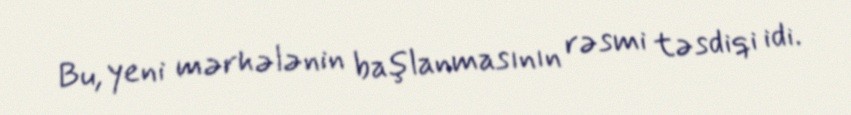
Bu, yeni mərhələnin başlanmasının rəsmi təsdiqi idi.